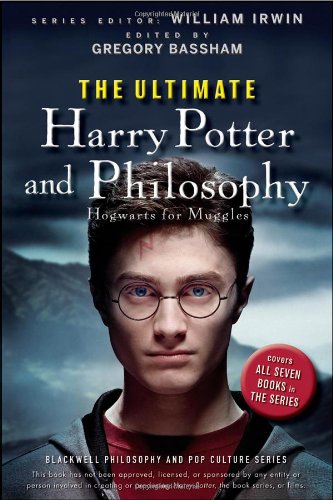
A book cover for The Ultimate Harry Potter and Philosophy: Hogwarts for Muggles; Science Fiction & Fantasy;